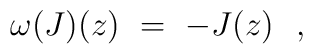
\omega \bigl( J \bigr) (z)\ =\ -J (z) \ \ ,